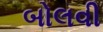
બોલવી